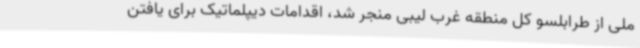
ملی از طرابلسو کل منطقه غرب لیبی منجر شد، اقدامات دیپلماتیک برای یافتن